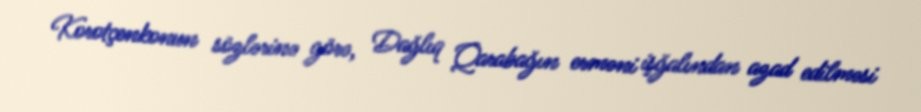
Korotçenkonun sözlərinə görə, Dağlıq Qarabağın erməni işğalından azad edilməsi